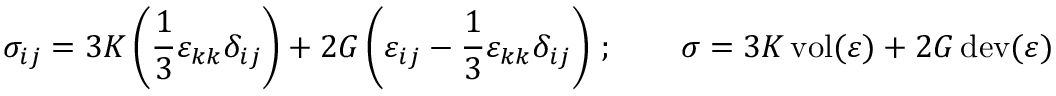
\sigma _ { i j } = 3 K \left( { \frac { 1 } { 3 } } \varepsilon _ { k k } \delta _ { i j } \right) + 2 G \left( \varepsilon _ { i j } - { \frac { 1 } { 3 } } \varepsilon _ { k k } \delta _ { i j } \right) \, ; \qquad { \boldsymbol { \sigma } } = 3 K \operatorname { v o l } ( { \boldsymbol { \varepsilon } } ) + 2 G \operatorname { d e v } ( { \boldsymbol { \varepsilon } } )